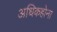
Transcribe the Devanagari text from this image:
अधिकहोना